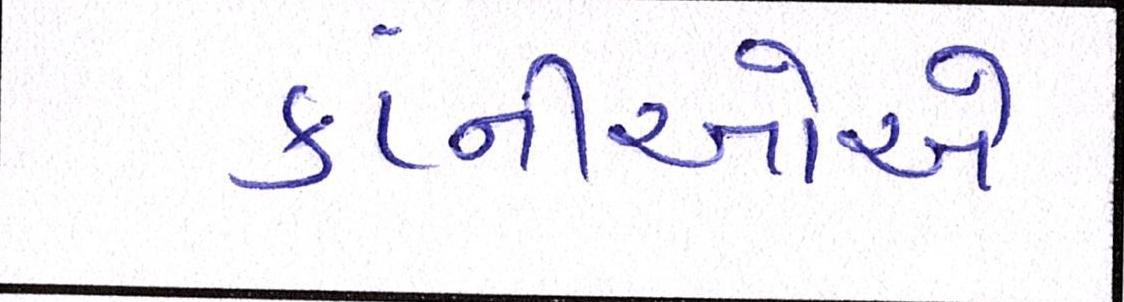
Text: કંપ્નીઓએ